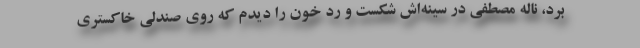
برد، ناله مصطفی در سینه‌اش شکست و ردّ خون را دیدم که روی صندلی خاکستری